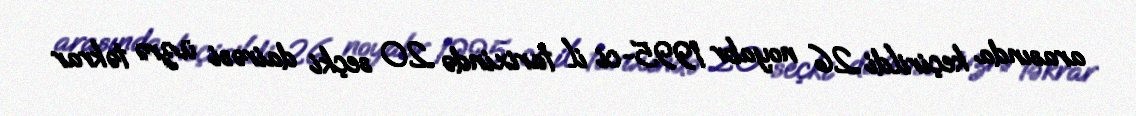
arasında keçirildi .26 noyabr 1995-ci il tarixində 20 seçki dairəsi üzrə təkrar